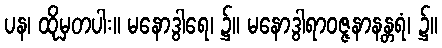
ပန၊ ထိုမှတပါး။ မနောဒွါရေ၊ ၌။ မနောဒွါရာဝဇ္ဇနာနန္တရံ၊ ၌။